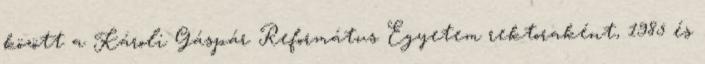
között a Károli Gáspár Református Egyetem rektoraként, 1985 és